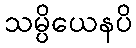
သမ္ပိယေနပိ